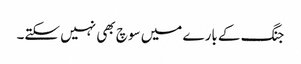
جنگ کے بارے میں سوچ بھی نہیں سکتے۔